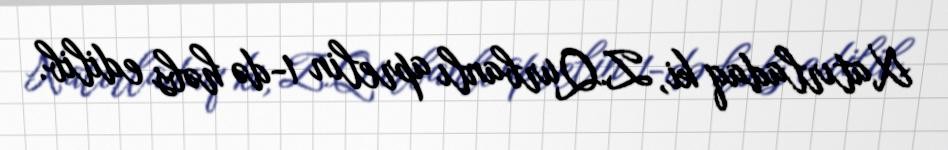
Xatırladaq ki, Z.Qurbanlı aprelin 1-də həbs edilib.